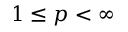
1 \le p < \infty